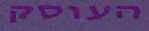
העוסק